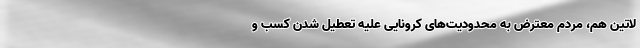
لاتین هم، مردم معترض به محدودیت‌های کرونایی علیه تعطیل شدن کسب و